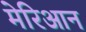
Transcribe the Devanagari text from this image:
मेरिआन